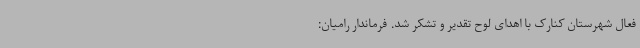
فعال شهرستان کنارک با اهدای لوح تقدیر و تشکر شد. فرماندار رامیان: